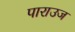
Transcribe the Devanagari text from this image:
पाराउज